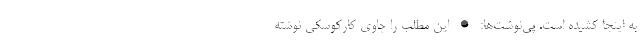
به اینجا کشیده است. پی‌نوشت‌ها: • این مطلب را چاوی کارکوسکی نوشته